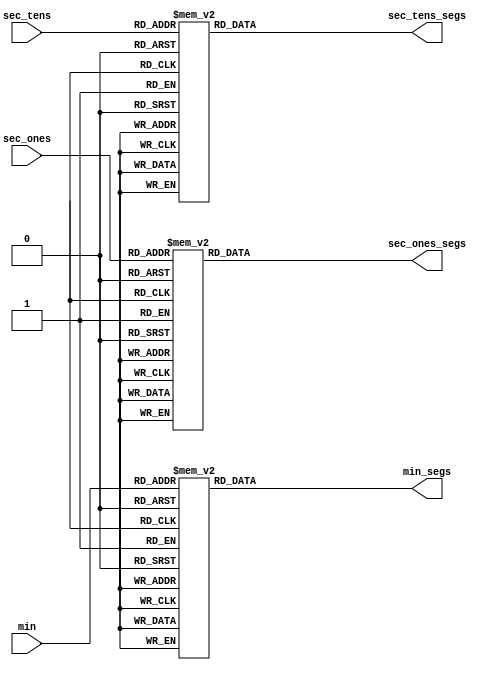
module decoder(sec_ones, sec_tens, min, sec_ones_segs, sec_tens_segs, min_segs);

	input [3:0] sec_ones;
	input [3:0] sec_tens;
	input [3:0] min;
	output reg [6:0]sec_ones_segs;
	output reg [6:0]sec_tens_segs;
	output reg [6:0]min_segs;

	always @(sec_ones) begin
		case (sec_ones)
			4'b0000 :  sec_ones_segs = 7'b1111110;
		   	4'b0001 :  sec_ones_segs = 7'b0110000;
	   		4'b0010 :  sec_ones_segs = 7'b1101101;
	   		4'b0011 :  sec_ones_segs = 7'b1111001;
	   		4'b0100 :  sec_ones_segs = 7'b0110011;
	   		4'b0101 :  sec_ones_segs = 7'b1011011;
	   		4'b0110 :  sec_ones_segs = 7'b1011111;
	   		4'b0111 :  sec_ones_segs = 7'b1110000;
	   		4'b1000 :  sec_ones_segs = 7'b1111111;
	   		4'b1001 :  sec_ones_segs = 7'b1111011;
	   		default :  sec_ones_segs = 7'b0000000;
	  	endcase
	end
	
	always @(sec_tens) begin
		case (sec_tens)
			4'b0000 :  sec_tens_segs = 7'b1111110;
		   	4'b0001 :  sec_tens_segs = 7'b0110000;
	   		4'b0010 :  sec_tens_segs = 7'b1101101;
	   		4'b0011 :  sec_tens_segs = 7'b1111001;
	   		4'b0100 :  sec_tens_segs = 7'b0110011;
	   		4'b0101 :  sec_tens_segs = 7'b1011011;
	   		4'b0110 :  sec_tens_segs = 7'b1011111;
	   		4'b0111 :  sec_tens_segs = 7'b1110000;
	   		4'b1000 :  sec_tens_segs = 7'b1111111;
	   		4'b1001 :  sec_tens_segs = 7'b1111011;
	   		default :  sec_tens_segs = 7'b0000000;
	  	endcase
	end
	
	always @(min) begin
		case (min)
			4'b0000 :  min_segs = 7'b1111110;
		   	4'b0001 :  min_segs = 7'b0110000;
	   		4'b0010 :  min_segs = 7'b1101101;
	   		4'b0011 :  min_segs = 7'b1111001;
	   		4'b0100 :  min_segs = 7'b0110011;
	   		4'b0101 :  min_segs = 7'b1011011;
	   		4'b0110 :  min_segs = 7'b1011111;
	   		4'b0111 :  min_segs = 7'b1110000;
	   		4'b1000 :  min_segs = 7'b1111111;
	   		4'b1001 :  min_segs = 7'b1111011;
	   		default :  min_segs = 7'b0000000;
	  	endcase
	end
endmodule